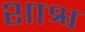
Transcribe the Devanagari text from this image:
शाश्व